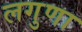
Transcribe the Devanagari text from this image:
लगुणा